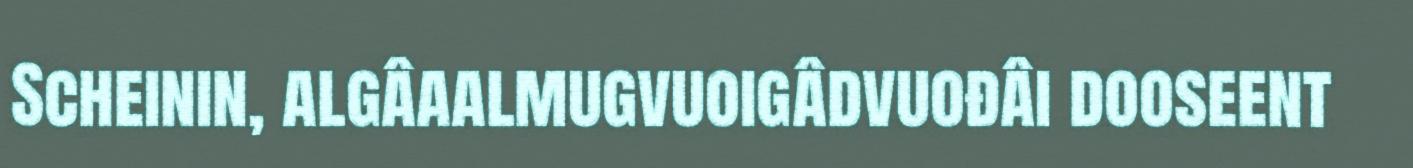
Scheinin, algâaalmugvuoigâdvuođâi dooseent